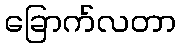
ခြောက်လတာ